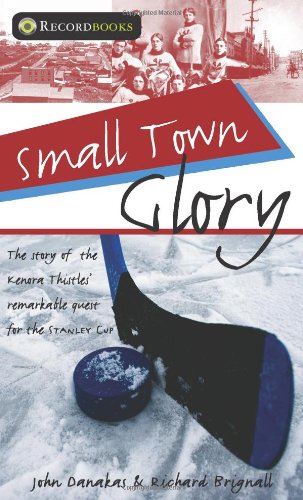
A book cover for Small Town Glory (Lorimer Recordbooks); John Danakas; Teen & Young Adult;